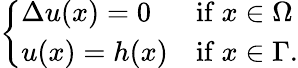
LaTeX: \left\{ \begin{array}{ll}{\Delta u(x)=0}&{{\mathrm{if~}}x\in\Omega}\\ {u(x)=h(x)}&{{\mathrm{if~}}x\in\Gamma.}\end{array}\right.